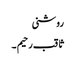
روشنی
ثاقب رحیم ۔